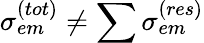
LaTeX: \sigma_{em}^{(tot)}\neq\sum\sigma_{em}^{(res)}